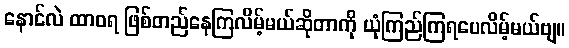
နောင်လဲ ထာဝရ ဖြစ်တည်နေကြလိမ့်မယ်ဆိုတာကို ယုံကြည်ကြရပေလိမ့်မယ်ဗျ။